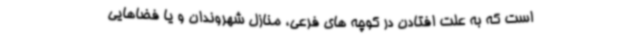
است که به علت افتادن در کوچه های فرعی، منازل شهروندان و یا فضاهایی